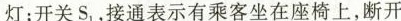
灯；开关S_{1}，接通表示有乘客坐在座椅上，断开